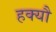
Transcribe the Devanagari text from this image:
हक्यौ